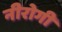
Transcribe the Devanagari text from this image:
नीरोगी